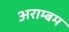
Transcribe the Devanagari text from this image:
अराम्बम